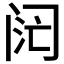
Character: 𬮧